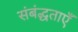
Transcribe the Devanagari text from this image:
संबंद्धताएँ